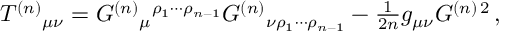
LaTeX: T ^ { ( n ) } { } _ { \mu \nu } = G ^ { ( n ) } { } _ { \mu } { } ^ { \rho _ { 1 } \cdots \rho _ { n - 1 } } G ^ { ( n ) } { } _ { \nu \rho _ { 1 } \cdots \rho _ { n - 1 } } - { \textstyle \frac { 1 } { 2 n } } g _ { \mu \nu } G ^ { ( n ) \, 2 } \, ,